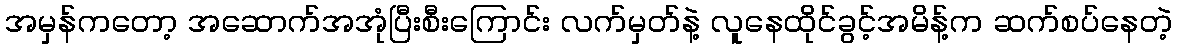
အမှန်ကတော့ အဆောက်အအုံပြီးစီးကြောင်း လက်မှတ်နဲ့ လူနေထိုင်ခွင့်အမိန့်က ဆက်စပ်နေတဲ့